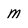
Character: m